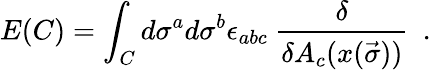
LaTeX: E(C)=\int_{C}d\sigma^{a}d\sigma^{b}\epsilon_{abc}\ \frac{\delta}{\delta A_{c}(x(\vec{\sigma}))}\ \ .